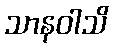
သာနဝါသိ